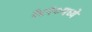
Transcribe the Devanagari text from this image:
१८१०मध्ये